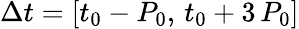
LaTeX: \Delta t=\left[t_{0}-P_{0},\, t_{0}+3\, P_{0}\right]